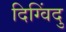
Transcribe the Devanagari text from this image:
दिग्विंदु